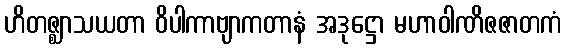
ဟိတဇ္ဈာသယတာ ဝိပါကာဗျာကတာနံ အဒုဋ္ဌော မဟာဝါဏိဇဇာတကံ